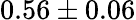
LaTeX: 0.56\pm 0.06